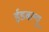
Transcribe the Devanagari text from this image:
ईडबल्यू